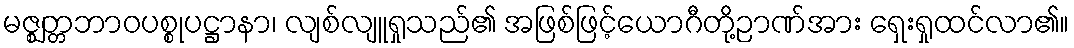
မဇ္ဈတ္တဘာဝပစ္စုပဋ္ဌာနာ၊ လျစ်လျူရှုသည်၏ အဖြစ်ဖြင့်ယောဂီတို့ဉာဏ်အား ရှေးရှုထင်လာ၏။